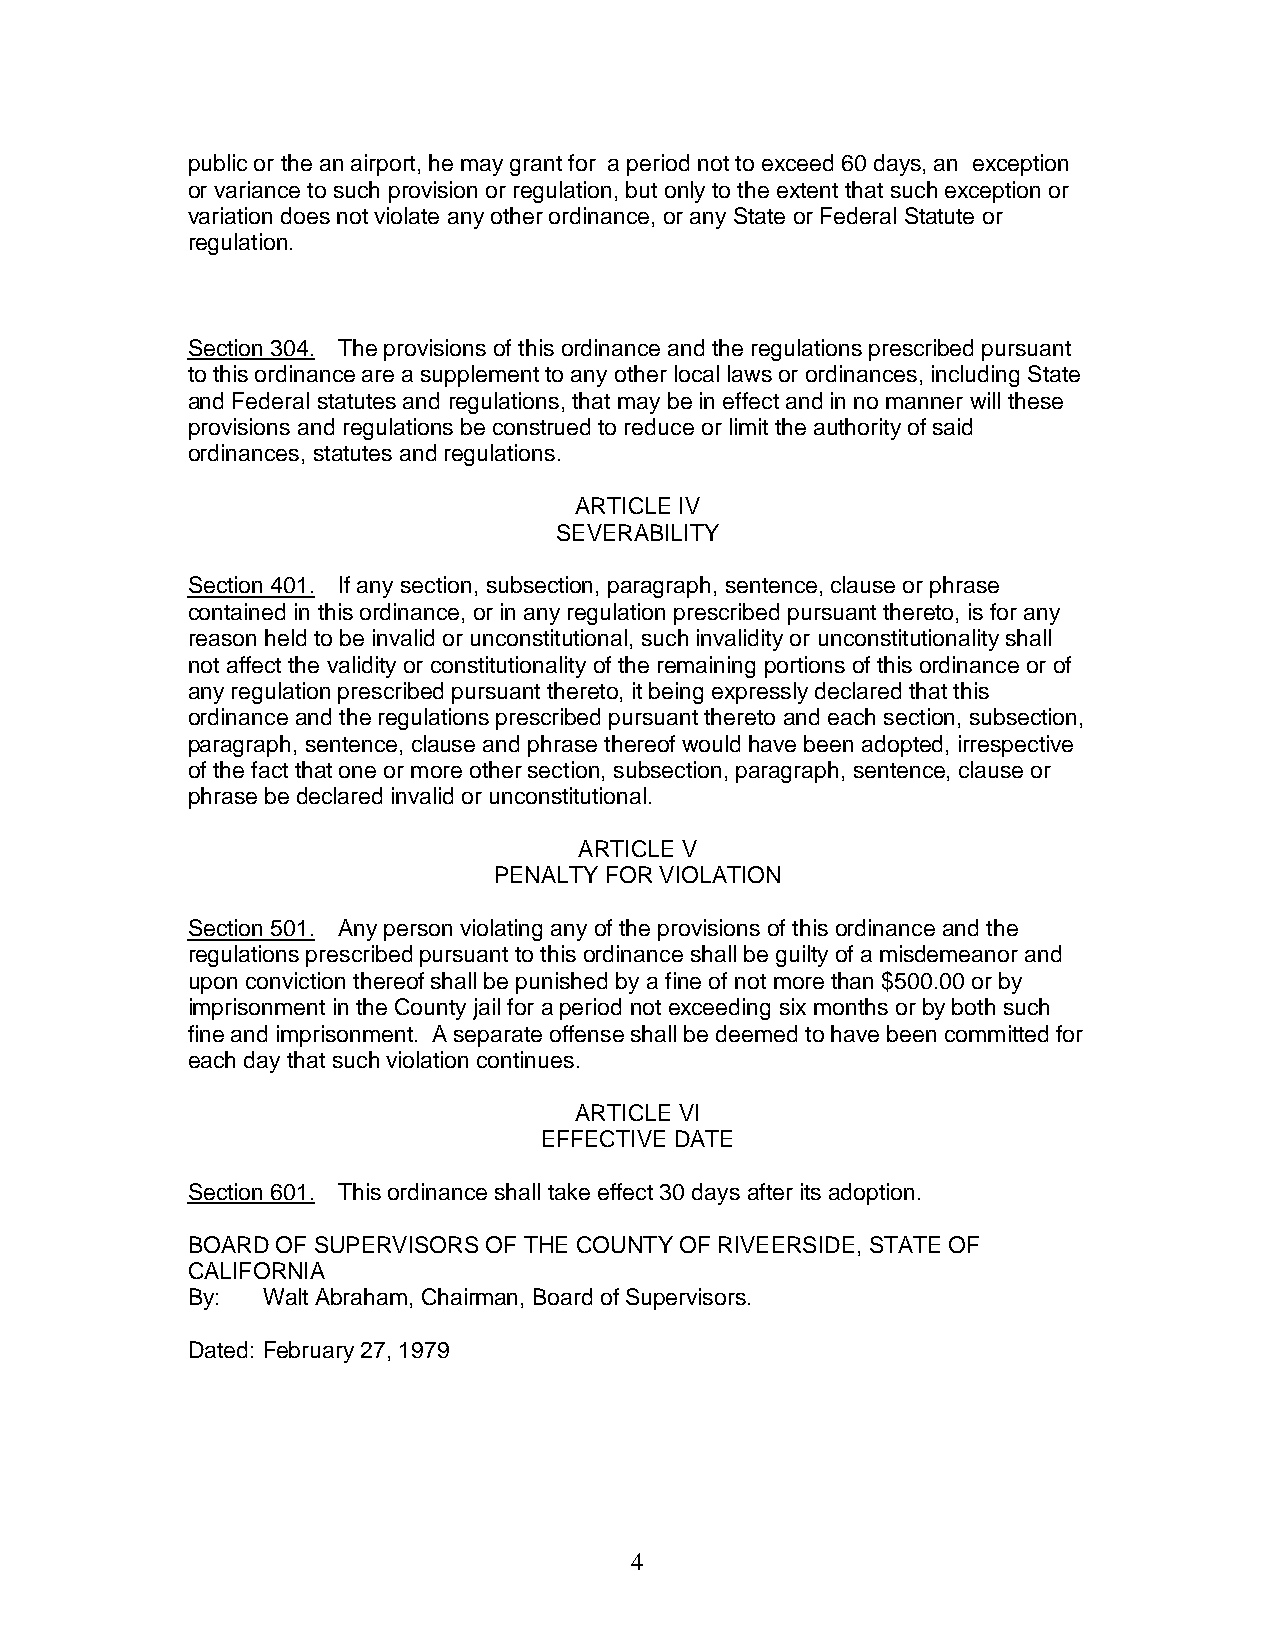
public or the an airport, he may grant for a period not to exceed 60 days, an exception
 or variance to such provision or regulation, but only to the extent that such exception or
 variation does not violate any other ordinance, or any State or Federal Statute or
 regulation.
 Section 304. The provisions of this ordinance and the regulations prescribed pursuant
 to this ordinance are a supplement to any other local laws or ordinances, including State
 and Federal statutes and regulations, that may be in effect and in no manner will these
 provisions and regulations be construed to reduce or limit the authority of said
 ordinances, statutes and regulations.
 ARTICLE IV
 SEVERABILITY
 Section 401. If any section, subsection, paragraph, sentence, clause or phrase
 contained in this ordinance, or in any regulation prescribed pursuant thereto, is for any
 reason held to be invalid or unconstitutional, such invalidity or unconstitutionality shall
 not affect the validity or constitutionality of the remaining portions of this ordinance or of
 any regulation prescribed pursuant thereto, it being expressly declared that this
 ordinance and the regulations prescribed pursuant thereto and each section, subsection,
 paragraph, sentence, clause and phrase thereof would have been adopted, irrespective
 of the fact that one or more other section, subsection, paragraph, sentence, clause or
 phrase be declared invalid or unconstitutional.
 ARTICLE V
 PENALTY FOR VIOLATION
 Section 501. Any person violating any of the provisions of this ordinance and the
 regulations prescribed pursuant to this ordinance shall be guilty of a misdemeanor and
 upon conviction thereof shall be punished by a fine of not more than $500.00 or by
 imprisonment in the County jail for a period not exceeding six months or by both such
 fine and imprisonment. A separate offense shall be deemed to have been committed for
 each day that such violation continues.
 ARTICLE VI
 EFFECTIVE DATE
 Section 601. This ordinance shall take effect 30 days after its adoption.
 BOARD OF SUPERVISORS OF THE COUNTY OF RIVEERSIDE, STATE OF
 CALIFORNIA
 By:  Walt Abraham, Chairman, Board of Supervisors.
 Dated: February 27, 1979
 4